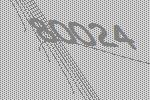
80024